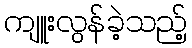
ကျူးလွန်ခဲ့သည့်